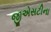
જીએસટીના